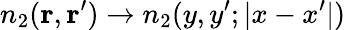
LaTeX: n_{2}(\mathbf{r},\mathbf{r}^{\prime})\to n_{2}(y,y^{\prime};|x-x^{\prime}|)